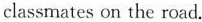
classmates on the road.